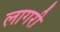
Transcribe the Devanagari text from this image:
लागरी